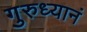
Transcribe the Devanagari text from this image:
गुरुध्यानं